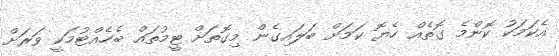
އެކަމަކު ކޮންމެ ގޮތެއް ހެޔޮ ކަމަށް ބަލައިގެން މިގޮތަށް ޓީމުތައް ބެހެއްޓުމަކީ ވަރަށް